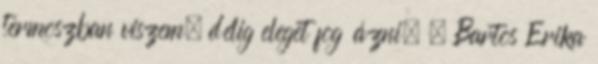
termoszban viszem, délig eleget fog ázni. . Bartos Erika